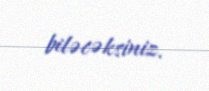
biləcəksiniz.